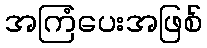
အကြံပေးအဖြစ်